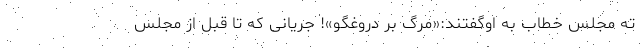
ته مجلس خطاب به اوگفتند:«مرگ بر دروغگو»! جریانی که تا قبل از مجلس